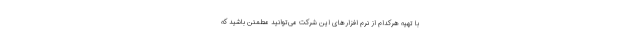
با تهیه هرکدام از نرم افزارهای این شرکت می‌توانید مطمئن باشید که